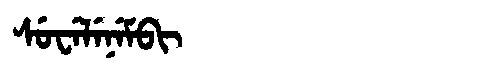
Manchu: ᠰᡠᠸᡝᠯᡝᠨᡝᠮᠪᡳ
Romanization: SUWELENEMBI